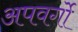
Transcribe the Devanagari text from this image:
अपवर्गो